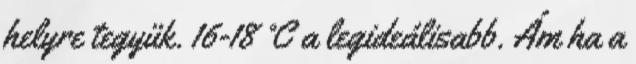
helyre tegyük. 16-18 °C a legideálisabb. Ám ha a